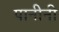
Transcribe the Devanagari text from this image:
पानीनी